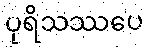
ပုရိသဿပေ